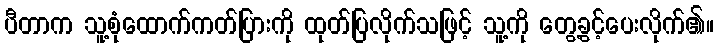
ပီတာက သူ့စုံထောက်ကတ်ပြားကို ထုတ်ပြလိုက်သဖြင့် သူ့ကို တွေ့ခွင့်ပေးလိုက်၏။